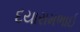
દયારામભાઈ